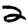
Digit: 2